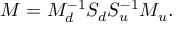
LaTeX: M = M _ { d } ^ { - 1 } S _ { d } S _ { u } ^ { - 1 } M _ { u } .